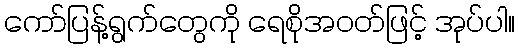
ကော်ပြန့်ရွက်တွေကို ရေစိုအဝတ်ဖြင့် အုပ်ပါ။